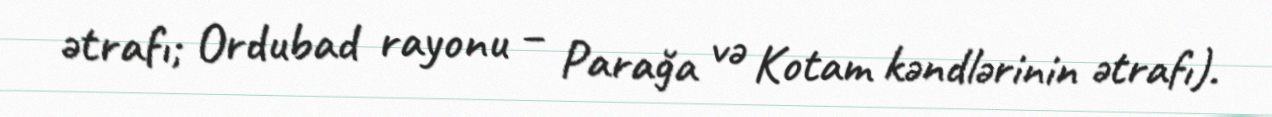
ətrafı; Ordubad rayonu – Parağa və Kotam kəndlərinin ətrafı).